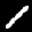
Label: 1